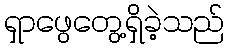
ရှာဖွေတွေ့ရှိခဲ့သည်